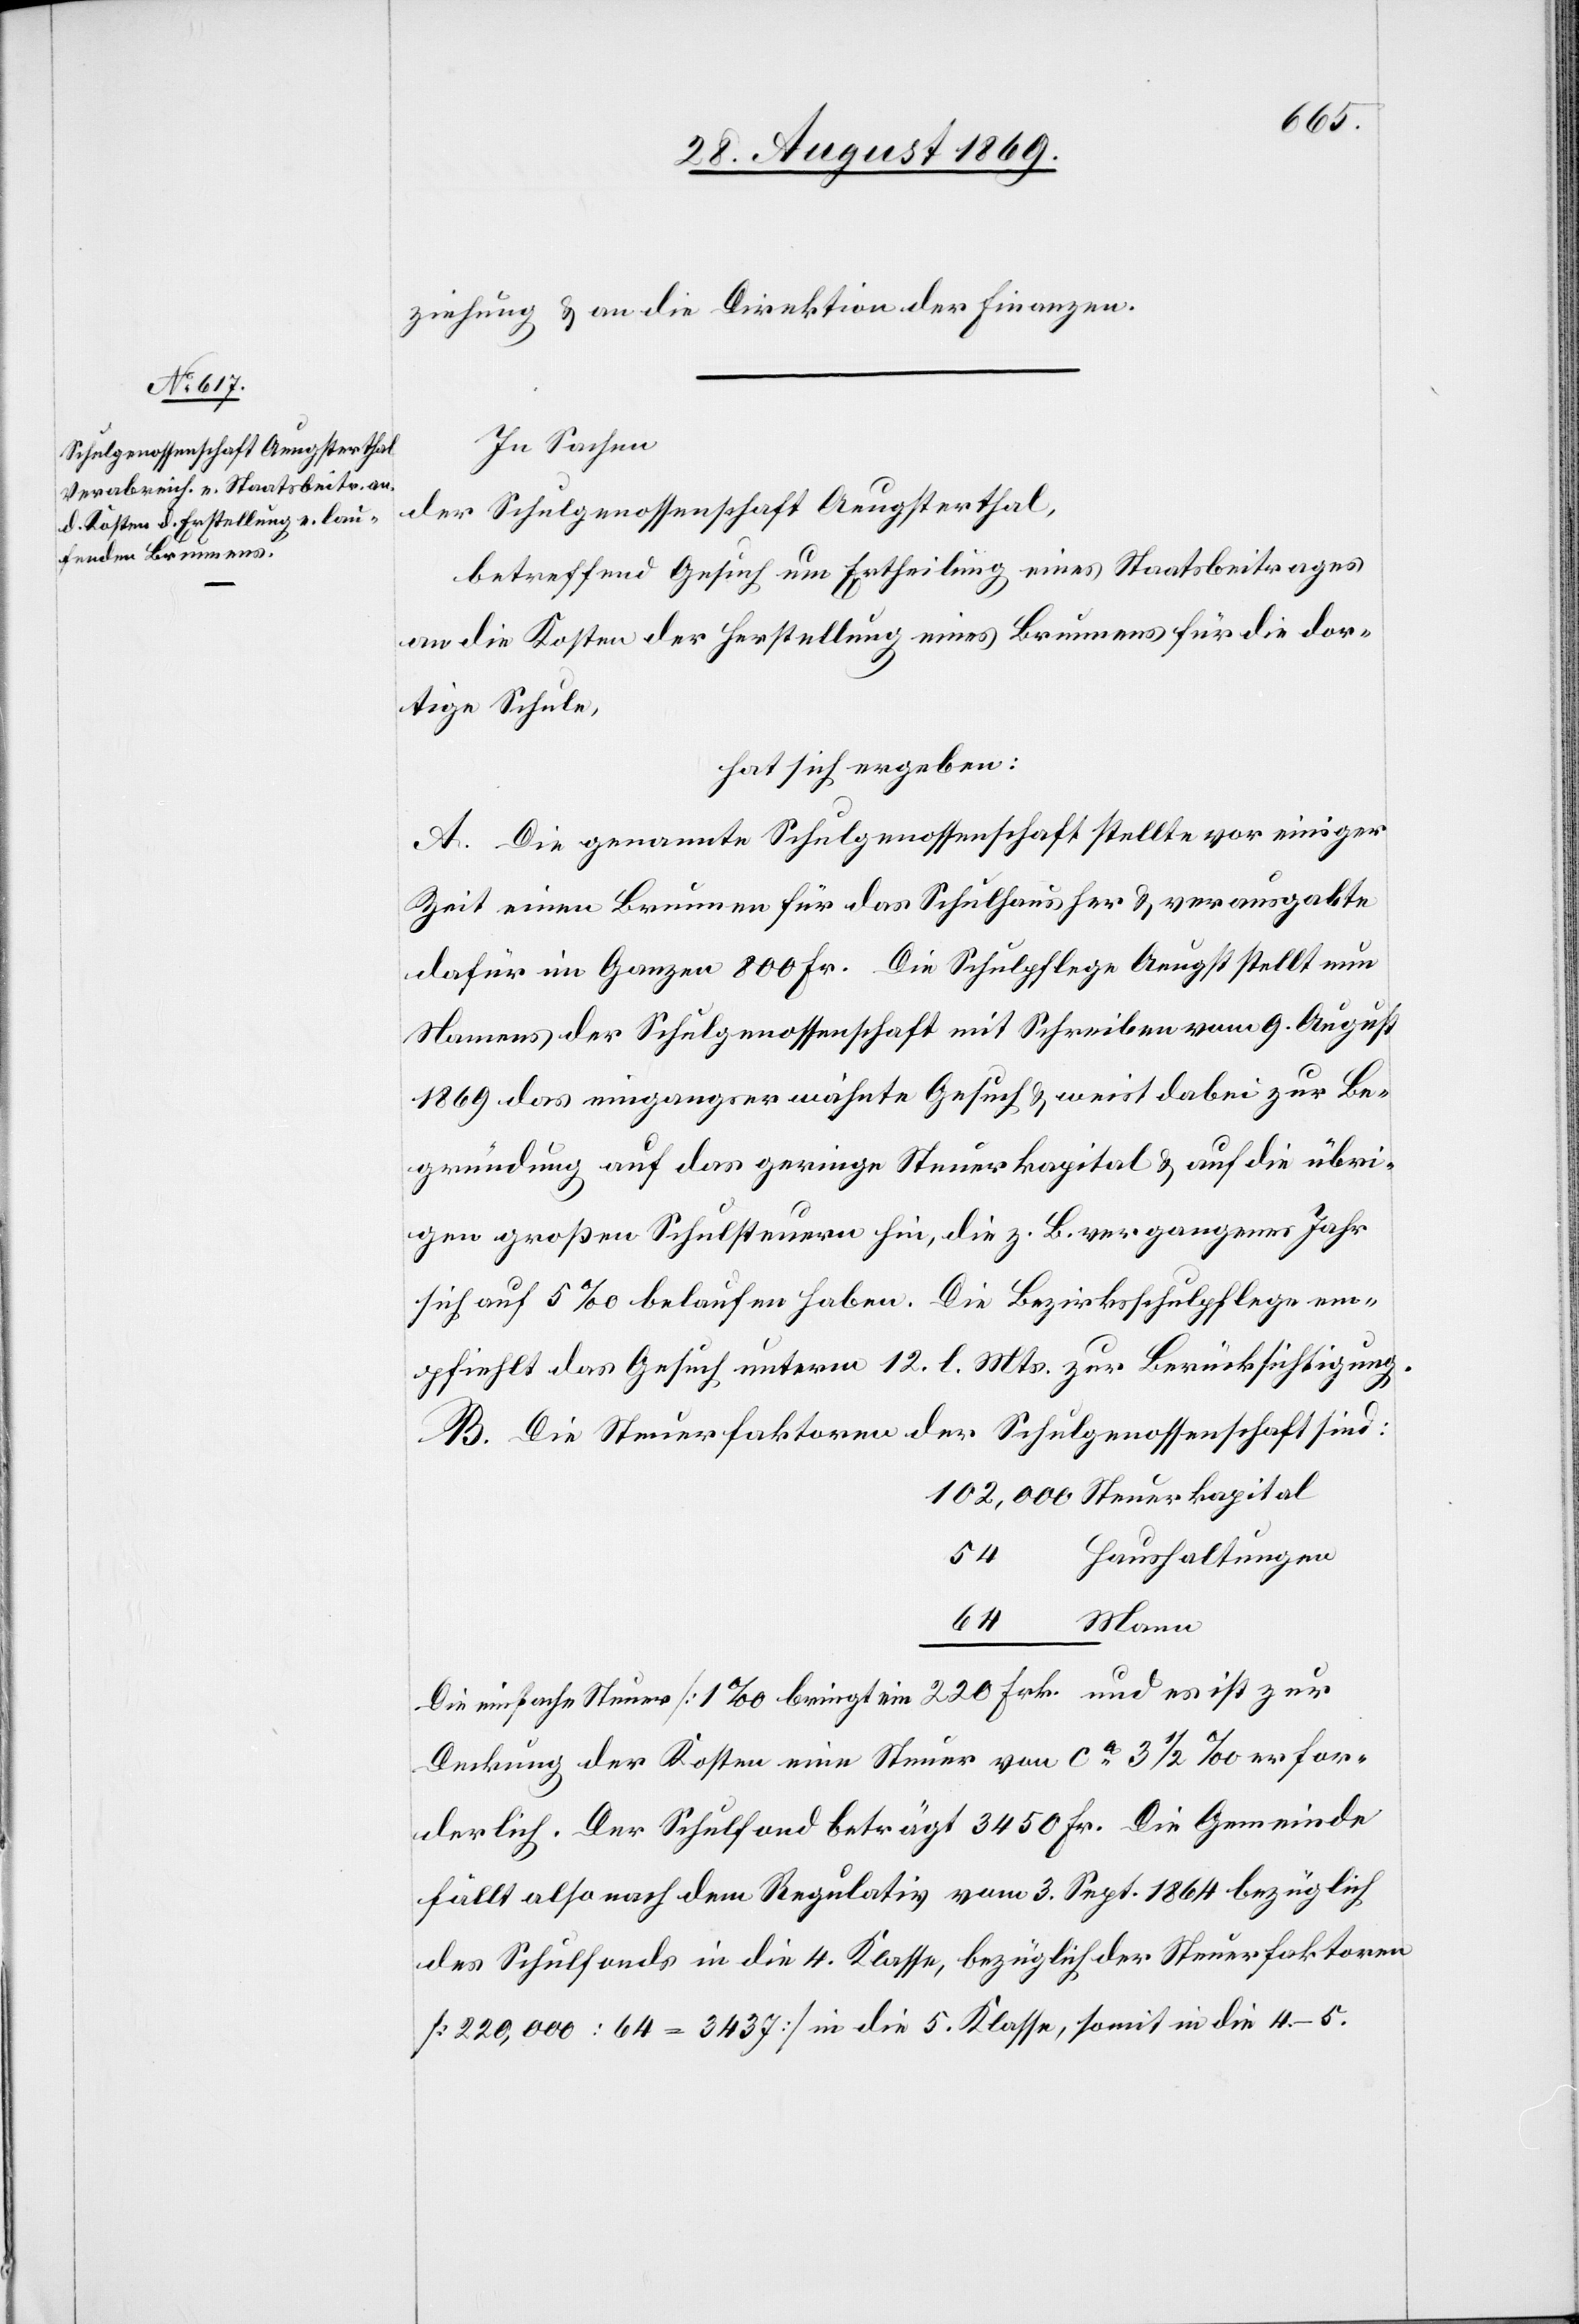
ziehung & an die Direktion der Finanzen.